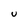
Character: U